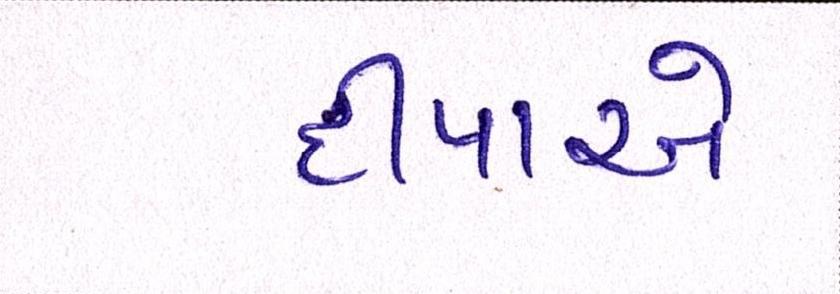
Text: દીપાએ